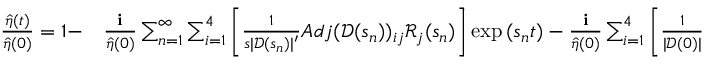
\begin{array} { r l } { \frac { \hat { \eta } ( t ) } { \hat { \eta } ( 0 ) } = 1 - } & { { } \frac { \textbf { i } } { \hat { \eta } ( 0 ) } \sum _ { n = 1 } ^ { \infty } \sum _ { i = 1 } ^ { 4 } \Bigg [ \frac { 1 } { s | \mathscr { D } ( s _ { n } ) | ^ { \prime } } A d j ( \mathscr { D } ( s _ { n } ) ) _ { i j } \mathscr { R } _ { j } ( s _ { n } ) \Bigg ] \exp { ( s _ { n } t ) } - \frac { \textbf { i } } { \hat { \eta } ( 0 ) } \sum _ { i = 1 } ^ { 4 } \Bigg [ \frac { 1 } { | \mathscr { D } ( 0 ) | } A d j ( \mathscr { D } ( 0 ) ) _ { i j } \mathscr { R } _ { j } ( 0 ) \Bigg ] } \end{array}